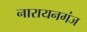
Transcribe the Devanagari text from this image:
नारायनगंज